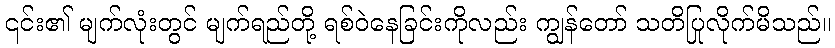
၎င်း၏ မျက်လုံးတွင် မျက်ရည်တို့ ရစ်ဝဲနေခြင်းကိုလည်း ကျွန်တော် သတိပြုလိုက်မိသည်။